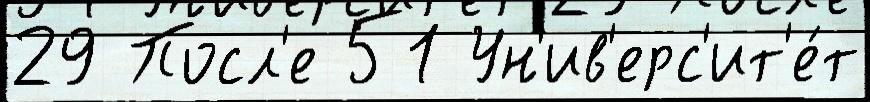
29 Посл'е 51 Ун'ив'ерс'ит'е́т